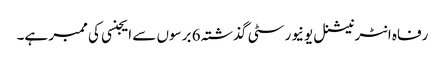
رفاہ انٹرنیشنل یونیورسٹی گذشتہ 6 برسوں سے ایجنسی کی ممبر ہے۔